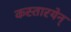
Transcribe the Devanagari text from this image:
कस्तारयेन्